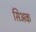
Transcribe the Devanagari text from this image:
सिअक